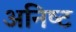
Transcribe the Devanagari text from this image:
अनिष्‍ट